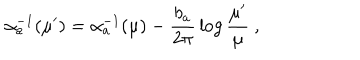
\alpha _ { a } ^ { - 1 } ( \mu ^ { \prime } ) = \alpha _ { a } ^ { - 1 } ( \mu ) - { \frac { b _ { a } } { 2 \pi } } \log { \frac { \mu ^ { \prime } } { \mu } } ~ ,